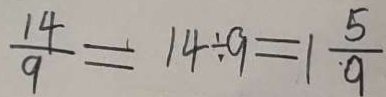
\frac { 1 4 } { 9 } = 1 4 \div 9 = 1 \frac { 5 } { 9 }